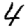
Digit: 4